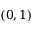
( 0 , 1 )